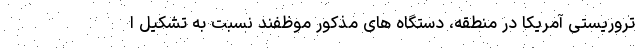
تروریستی آمریکا در منطقه، دستگاه های مذکور موظفند نسبت به تشکیل ا